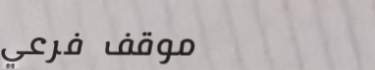
موقف فرعي